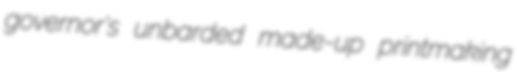
governor's unbarded made-up printmaking